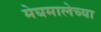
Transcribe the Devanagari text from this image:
मेघमालेच्या